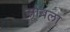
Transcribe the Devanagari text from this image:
सोबला